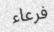
فرعاء